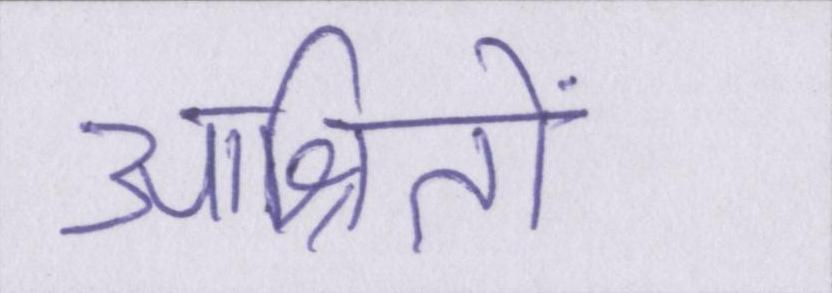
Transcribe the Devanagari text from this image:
आश्रितों